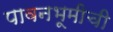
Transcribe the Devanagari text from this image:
पावनभूमीची